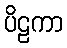
ပိဠကာ